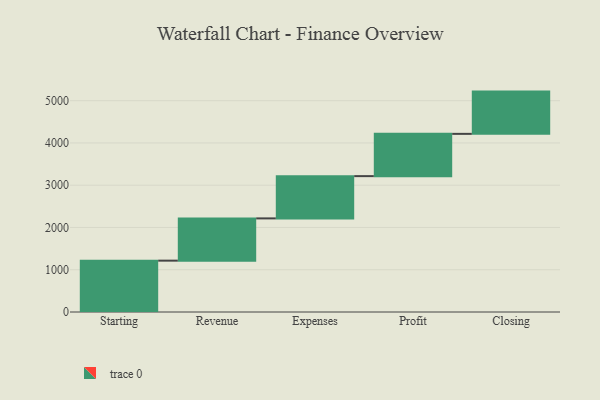
{"axis": {"x": "Step", "y": "Value"}, "legend": [""], "data": [{"x": "Starting", "y": 1215.0, "type": ""}, {"x": "Revenue", "y": 1000, "type": ""}, {"x": "Expenses", "y": 1000, "type": ""}, {"x": "Profit", "y": 1000, "type": ""}, {"x": "Closing", "y": 1000, "type": ""}]}